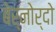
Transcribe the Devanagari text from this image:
बेर्नोर्दो